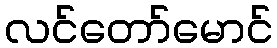
လင်တော်မောင်